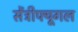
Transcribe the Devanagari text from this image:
सेंट्रीफ्यूगल